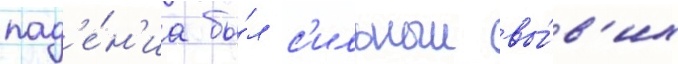
пад'е́н'иа бы́л с'ильныи вы́в'их